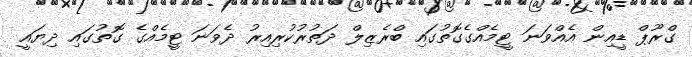
ގްރޫޕް ޑީއިން އެއްވަނަ ޓީމެއްގެގޮތުގައި ބްރެޒިލް ދަތުރުކުރިއިރު ދެވަނަ ޓީމެއްގެ ގޮތުގައި ދިޔައީ